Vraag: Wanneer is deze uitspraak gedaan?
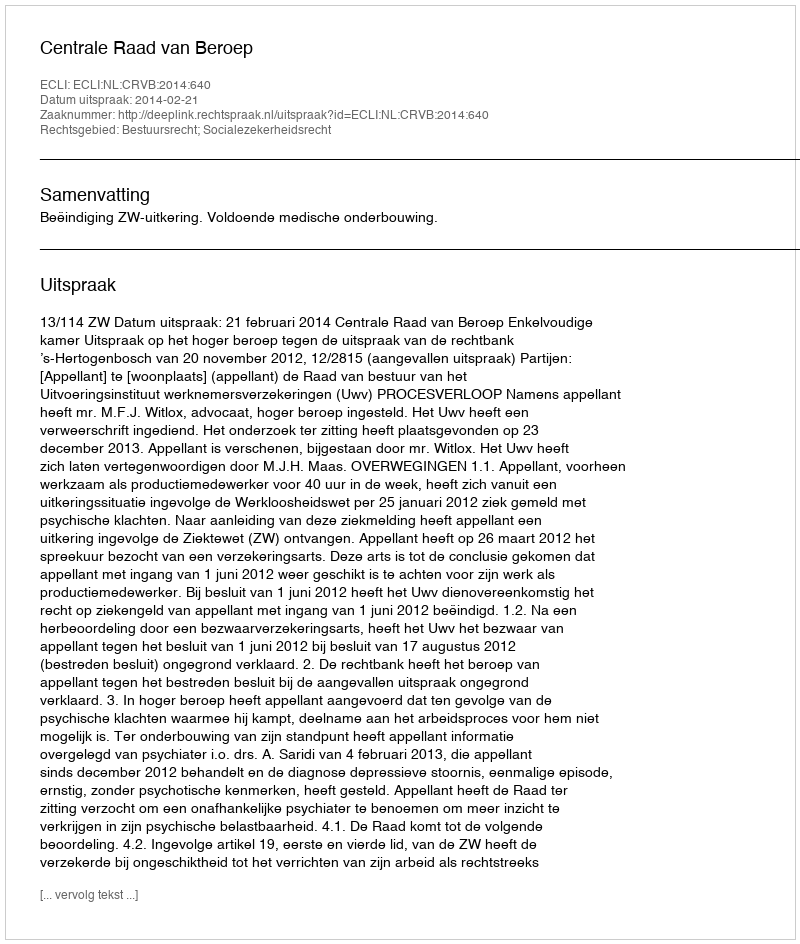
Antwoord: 2014-02-21